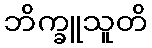
ဘိက္ခူသူတိ